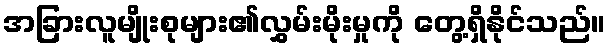
အခြားလူမျိုးစုများ၏လွှမ်းမိုးမှုကို တွေ့ရှိနိုင်သည်။